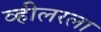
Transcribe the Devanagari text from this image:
व्हीलरला